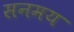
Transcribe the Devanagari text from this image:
सनमय